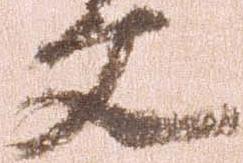
文